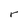
Character: r